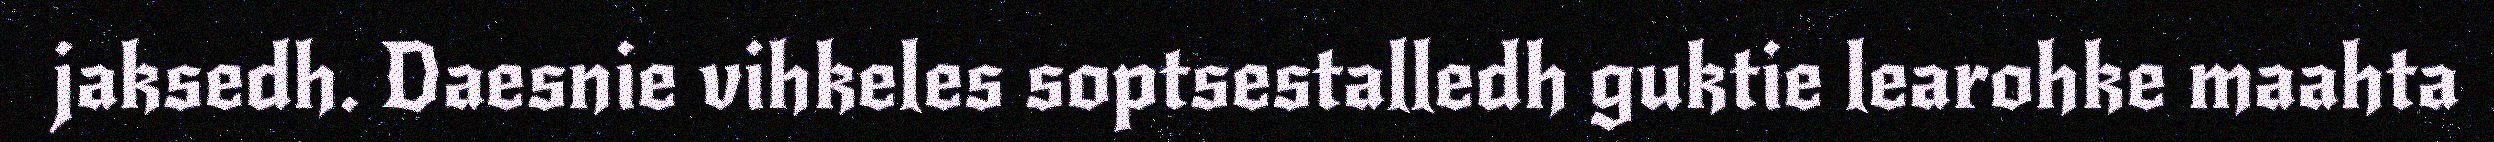
jaksedh. Daesnie vihkeles soptsestalledh guktie learohke maahta